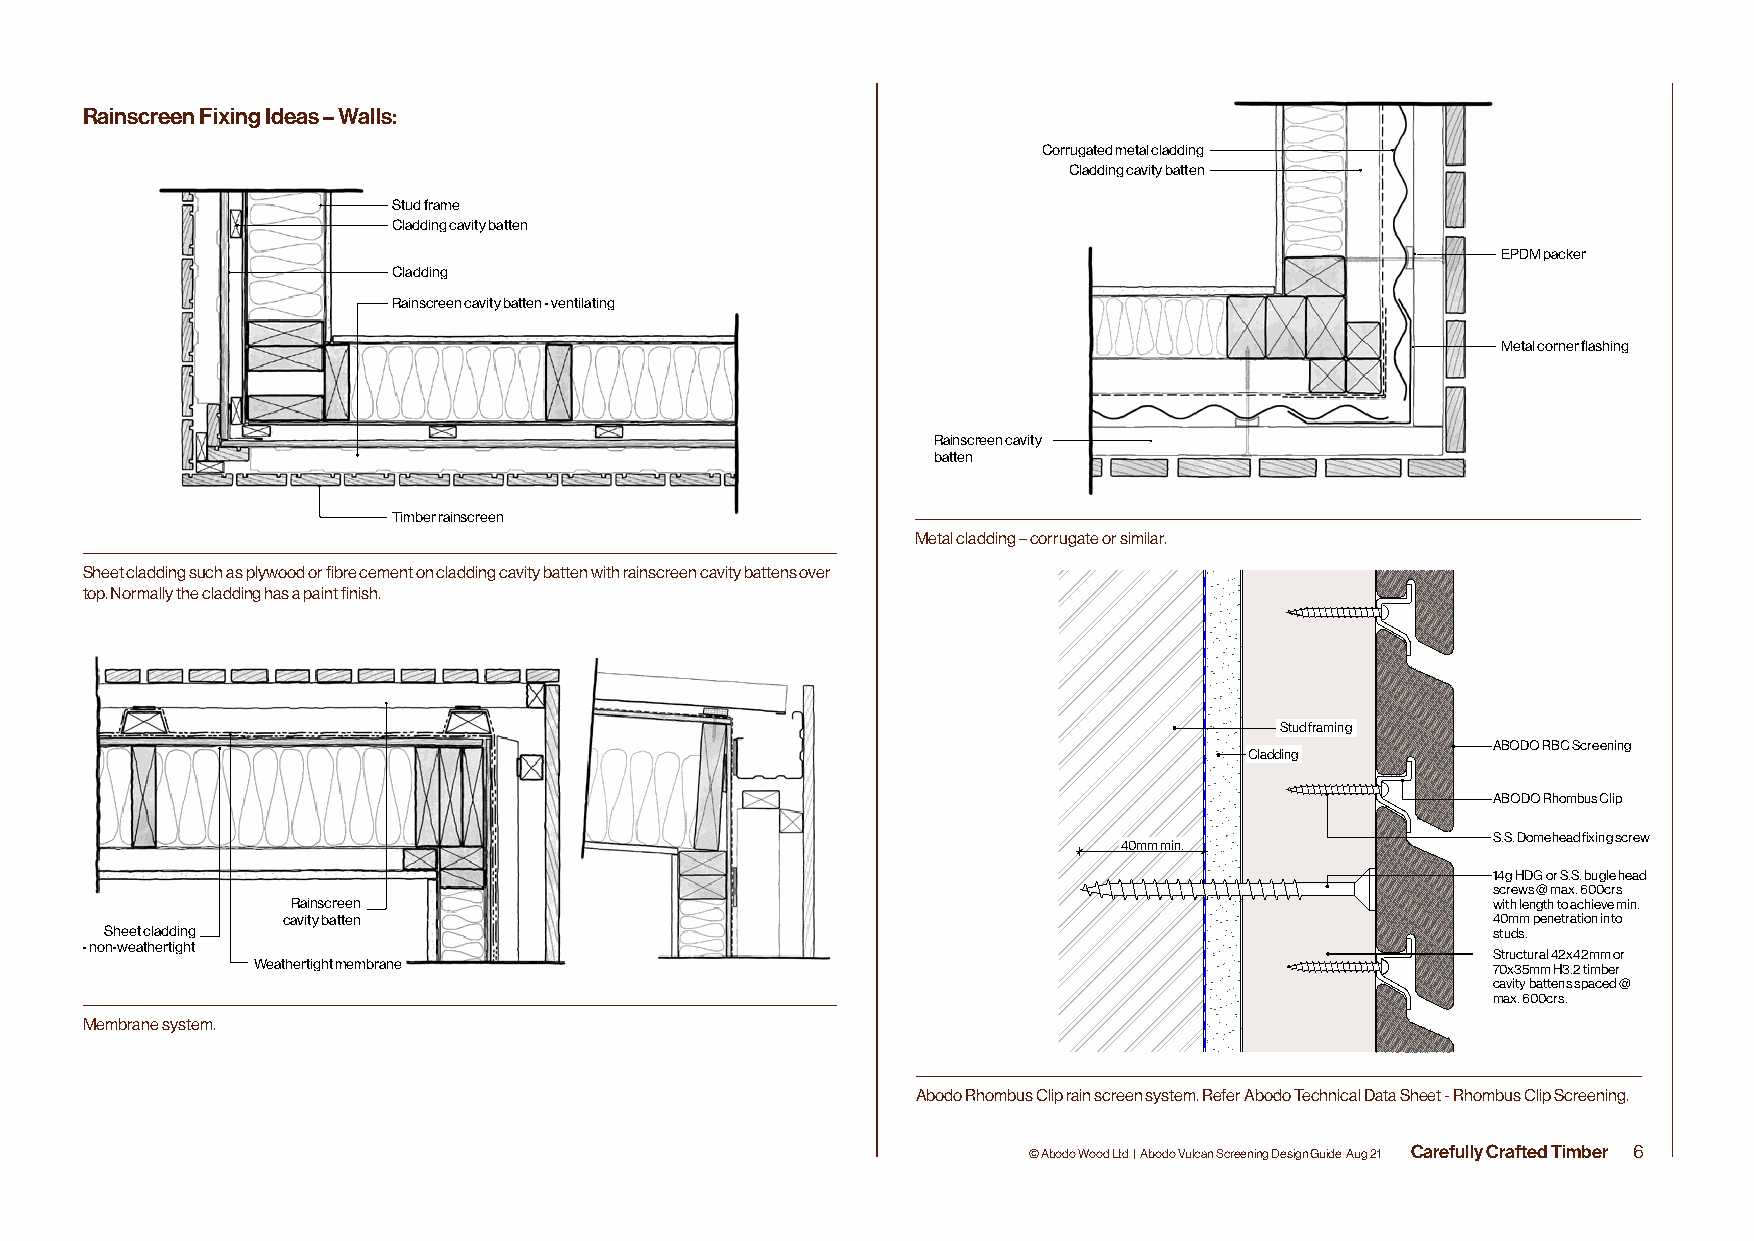
Rainscreen Fixing Ideas – Walls:
 Corrugated metal cladding
 Cladding cavity batten
 Stud frame
 Cladding cavity batten
 EPDM packer
 Cladding
 Rainscreen cavity batten - ventilating
 Metal corner flashing
 Rainscreen cavity
 batten
 ABODO Rhombus Batten Clip - Horizontal
 Screening
 Timber rainscreen
 Metal cladding – corrugate or similar.
 Sheet cladding such as plywood or fibre cement on cladding cavity batten with rainscreen cavity battens over
 top. Normally the cladding has a paint finish.
 Stud framing
 ABODO RBC Screening
 Cladding
 ABODO Rhombus Clip
 S.S. Domehead fixing screw
 40mm min.
 14g HDG or S.S. bugle head
 screws @ max. 600crs
 Rainscreen                                                                      with length to achieve min.
 cavity batten                                                                   40mm penetration into
 Sheet cladding                                                                              studs.
 - non-weathertight
 Structural 42x42mm or
 Weathertight membrane                                                             70x35mm H3.2 timber
 cavity battens spaced @
 max. 600crs.
 Membrane system.
 Abodo Rhombus Clip rain screen system. Refer Abodo Technical Data Sheet - Rhombus Clip Screening.
 © Abodo Wood Ltd | Abodo Vulcan Screening Design Guide Aug 21 Carefully Crafted Timber 6